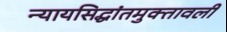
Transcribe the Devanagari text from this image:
न्यायसिद्धांतमुक्तावली